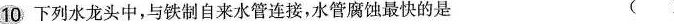
10.下列水龙头中，与铁质自来水管连阿姐，水管腐蚀最快的是（ ）